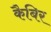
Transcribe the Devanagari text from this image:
कैबिर